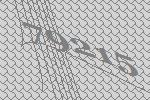
79215